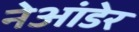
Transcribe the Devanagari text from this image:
नेआंडेर